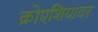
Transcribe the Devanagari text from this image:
क्रोएशियावर